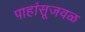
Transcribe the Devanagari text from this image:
पाहांसूजवळ